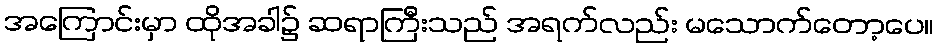
အကြောင်းမှာ ထိုအခါ၌ ဆရာကြီးသည် အရက်လည်း မသောက်တော့ပေ။